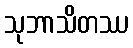
သုဘာသိတဿ